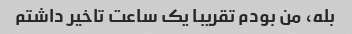
بله، من بودم تقریبا یک ساعت تاخیر داشتم